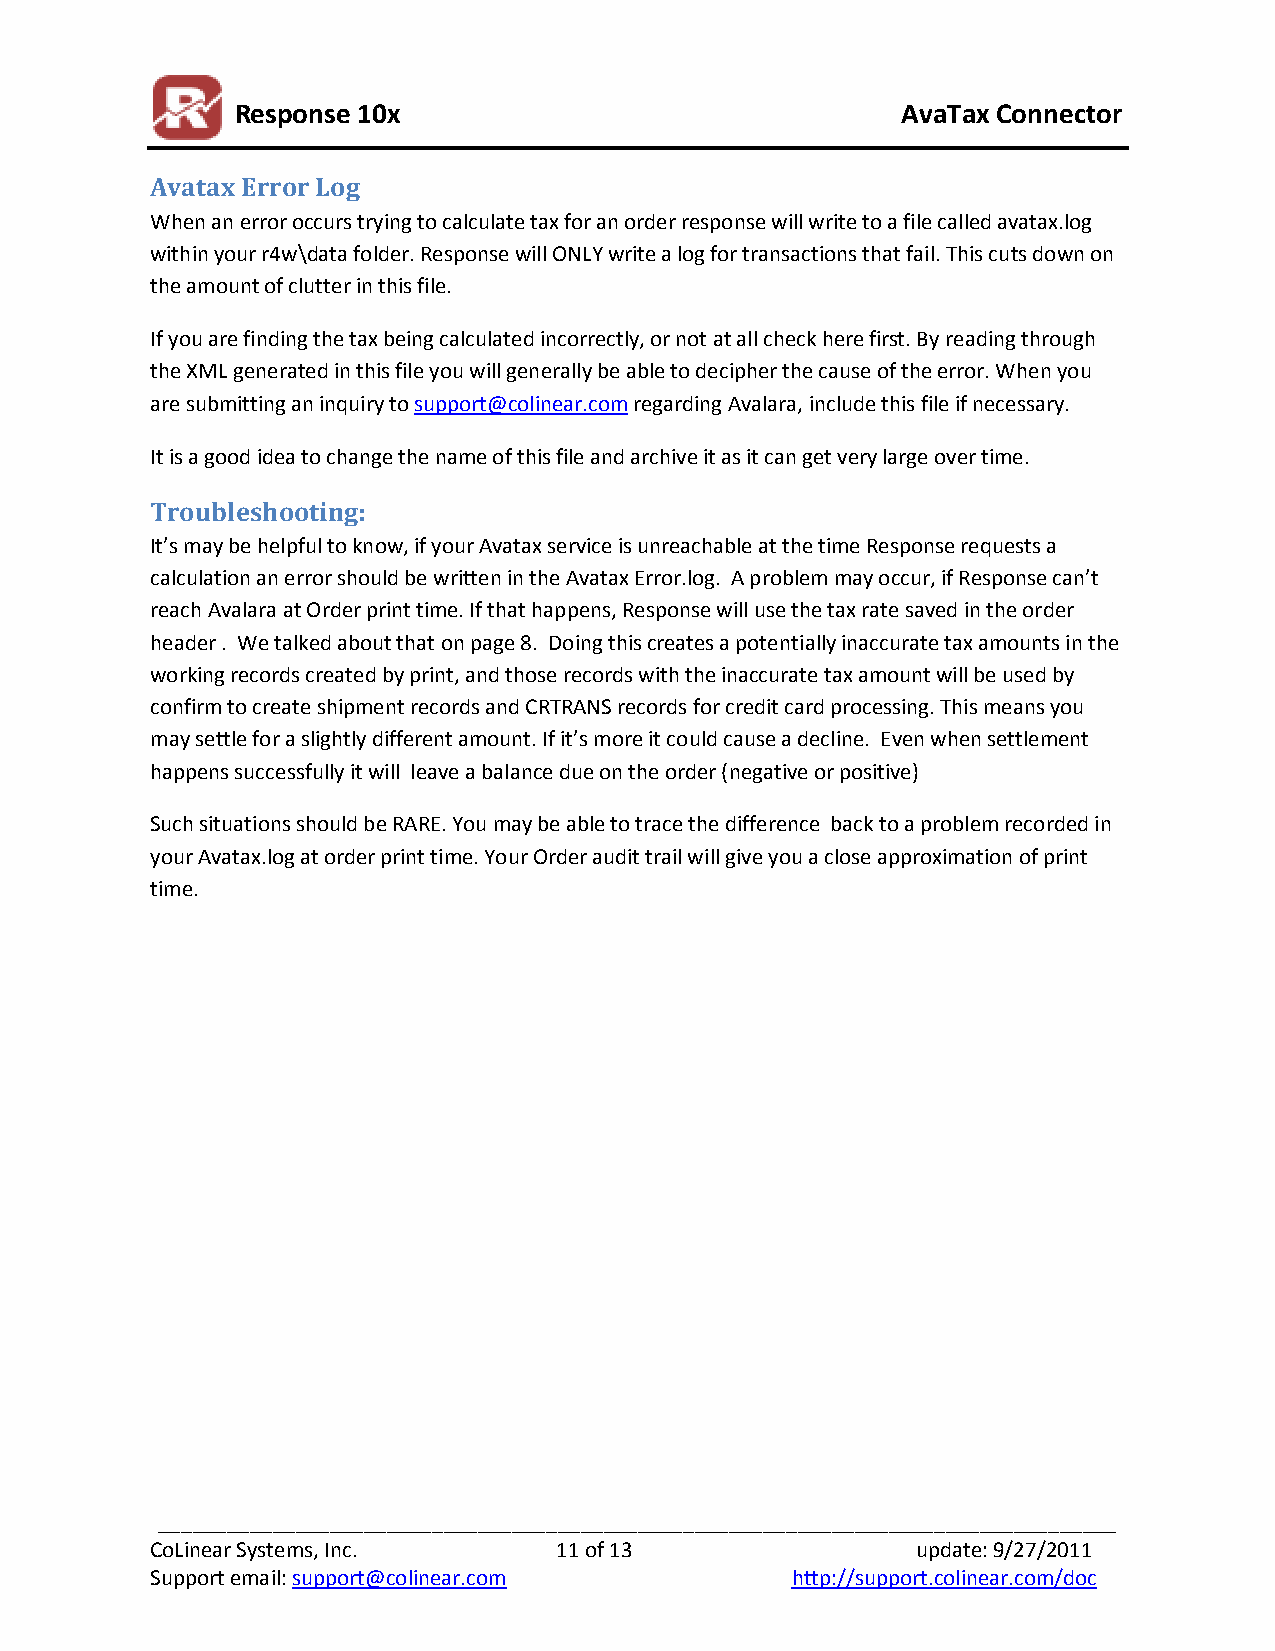
Response 10x                                AvaTax Connector
 Avatax Error Log
 When an error occurs trying to calculate tax for an order response will write to a file called avatax.log
 within your r4w\data folder. Response will ONLY write a log for transactions that fail. This cuts down on
 the amount of clutter in this file.
 If you are finding the tax being calculated incorrectly, or not at all check here first. By reading through
 the XML generated in this file you will generally be able to decipher the cause of the error. When you
 are submitting an inquiry to support@colinear.com regarding Avalara, include this file if necessary.
 It is a good idea to change the name of this file and archive it as it can get very large over time.
 Troubleshooting:
 It’s may be helpful to know, if your Avatax service is unreachable at the time Response requests a
 calculation an error should be written in the Avatax Error.log. A problem may occur, if Response can’t
 reach Avalara at Order print time. If that happens, Response will use the tax rate saved in the order
 header . We talked about that on page 8. Doing this creates a potentially inaccurate tax amounts in the
 working records created by print, and those records with the inaccurate tax amount will be used by
 confirm to create shipment records and CRTRANS records for credit card processing. This means you
 may settle for a slightly different amount. If it’s more it could cause a decline. Even when settlement
 happens successfully it will leave a balance due on the order (negative or positive)
 Such situations should be RARE. You may be able to trace the difference back to a problem recorded in
 your Avatax.log at order print time. Your Order audit trail will give you a close approximation of print
 time.
 ____________________________________________________________________________________
 CoLinear Systems, Inc.     11 of 13                update: 9/27/2011
 Support email: support@colinear.com       http://support.colinear.com/doc